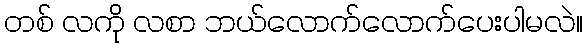
တစ် လကို လစာ ဘယ်လောက်လောက်ပေးပါမလဲ။